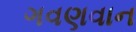
ગવણવાન